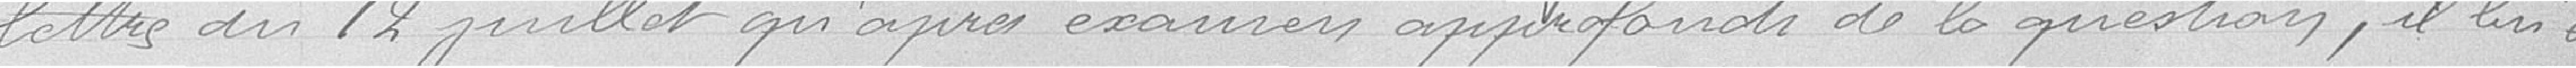
lettres du 12 juillet qu'après examen approfondi de la question, il lui est